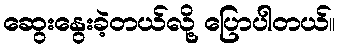
ဆွေးနွေးခဲ့တယ်လို့ ပြောပါတယ်။